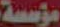
مؤسسة